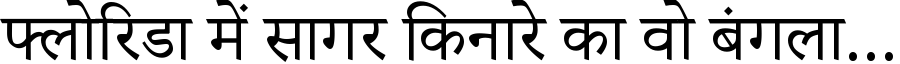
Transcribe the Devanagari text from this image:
फ्लोरिडा में सागर किनारे का वो बंगला...